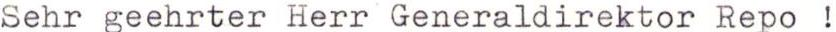
Sehr geehrter Herr Generaldirektor Repo !